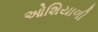
ઓશિયાળી